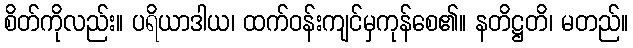
စိတ်ကိုလည်း။ ပရိယာဒါယ၊ ထက်ဝန်းကျင်မှကုန်စေ၏။ နတိဋ္ဌတိ၊ မတည်။